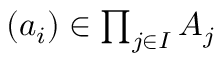
\textstyle ( a _ { i } ) \in \prod _ { j \in I } A _ { j }